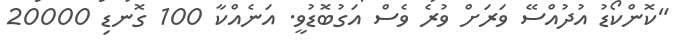
"ކޮންކޯޑު އުދުއްސޭ ވަރަށް ވުރެ ވެސް އަގުބޮޑުވީ. އަނެއްކާ 100 ގޮނޑި 20000